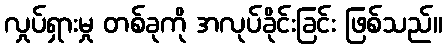
လှုပ်ရှားမှု တစ်ခုကို အလုပ်ခိုင်းခြင်း ဖြစ်သည်။